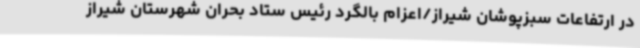
در ارتفاعات سبزپوشان شیراز/اعزام بالگرد رئیس ستاد بحران شهرستان شیراز